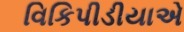
વિકિપીડીયાએ